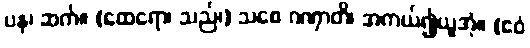
ပန၊ ဆက်။ (ထေရော၊ သည်၊) သစေ ဂဏှာတိ၊ အကယ်၍ယူအံ့။ (ဧဝံ